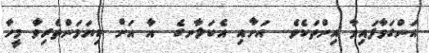
އަންގަވާފައިވާ އިންތަކެވެ.  އަށާއި އެކަލާނގެ  އާ އަށް ކިޔަމަންތެރިވާ މީހާ